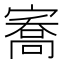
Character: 㝯